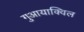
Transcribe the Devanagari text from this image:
गुआयाक्विल